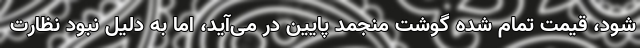
شود، قیمت تمام شده گوشت منجمد پایین در می‌آید، اما به دلیل نبود نظارت